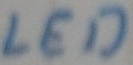
Text: LED